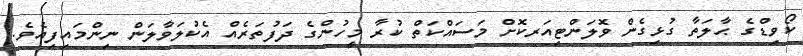
ކޯވިޑްގެ ޙާލަތާ ގުޅިގެން ވޮލަންޓިއަރކޮށް މަސައްކަތް ކުރާ މީހުންގެ ދަފުތަރެއް އެކުލަވާލަން ނިންމައިފިއެވެ.